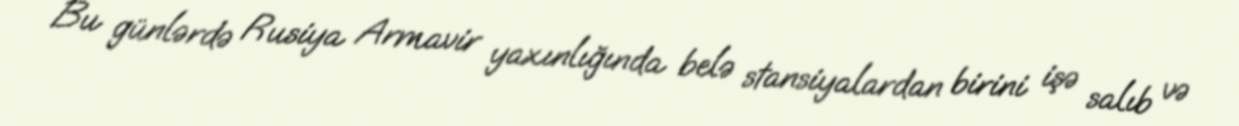
Bu günlərdə Rusiya Armavir yaxınlığında belə stansiyalardan birini işə salıb və